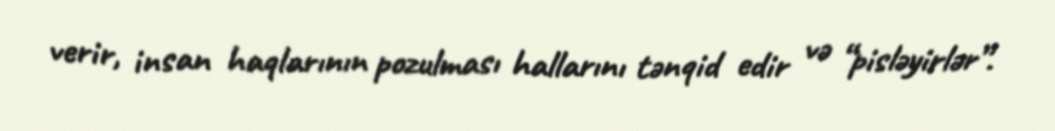
verir, insan haqlarının pozulması hallarını tənqid edir və “pisləyirlər”.